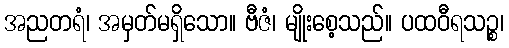
အညတရံ၊ အမှတ်မရှိသော။ ဗီဇံ၊ မျိုးစေ့သည်။ ပထဝီရသဉ္စ၊